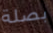
بصلة